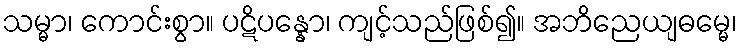
သမ္မာ၊ ကောင်းစွာ။ ပဋိပန္နော၊ ကျင့်သည်ဖြစ်၍။ အဘိညေယျဓမ္မေ၊